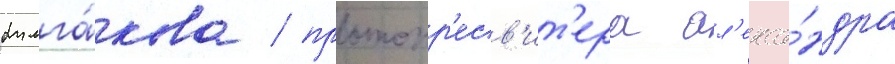
булга́кова / протопр'есв'ит'ера ал'екса́ндра